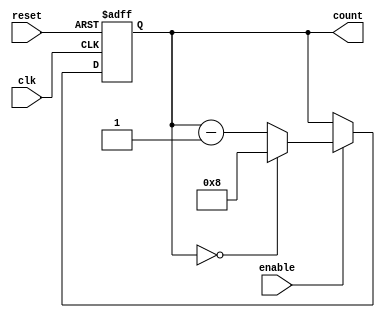
module ModuloN_Down_Counter (
    input wire clk,
    input wire reset,
    input wire enable,
    output reg [N-1:0] count
);

parameter N = 8;

always @(posedge clk or posedge reset) begin
    if (reset) begin
        count <= N;
    end else begin
        if (enable) begin
            if (count == 0) begin
                count <= N;
            end else begin
                count <= count - 1;
            end
        end
    end
end

endmodule